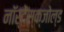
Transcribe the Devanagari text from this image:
नॉर्देंस्क्जोल्ड